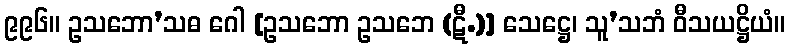
၉၉၆။ ဥသဘော’သဓ ဂေါ [ဥသဘော ဥသဘေ (ဋီ.)] သေဋ္ဌေ၊ သူ’သဘံ ဝီသယဋ္ဌိယံ။